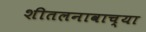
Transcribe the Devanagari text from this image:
शीतलनावाच्या